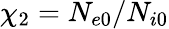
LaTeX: \chi_{2}=N_{e0}/N_{i0}